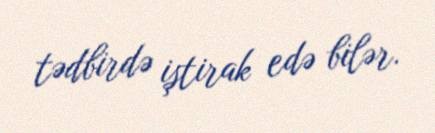
tədbirdə iştirak edə bilər.